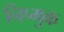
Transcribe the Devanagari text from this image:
निप्मुक